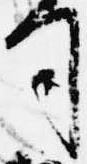
司